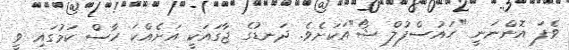
ވެފަ އޮންނަނީ "ހައުސްފުލް ޝޯ"އަކަށެވެ. ދަނޑުގެ ޖާގައަކީ އަށެއްކަ ހާސް ކަމުގައި ވީ